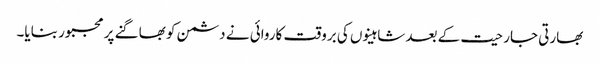
بھارتی جارحیت کے بعد شاہینوں کی بروقت کاروائی نے دشمن کو بھاگنے پر مجبور بنایا۔